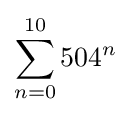
\sum _{n=0}^{10}{504}^{n}